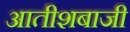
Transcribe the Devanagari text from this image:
आतीशबाजी